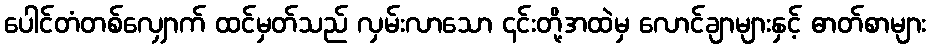
ပေါင်တံတစ်လျှောက် ထင်မှတ်သည် လှမ်းလာသော ၎င်းတို့အထဲမှ လောင်ချာများနှင့် ဓာတ်စာများ